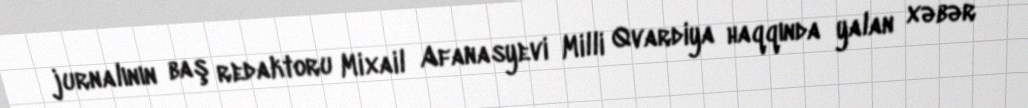
jurnalının baş redaktoru Mixail Afanasyevi Milli Qvardiya haqqında yalan xəbər